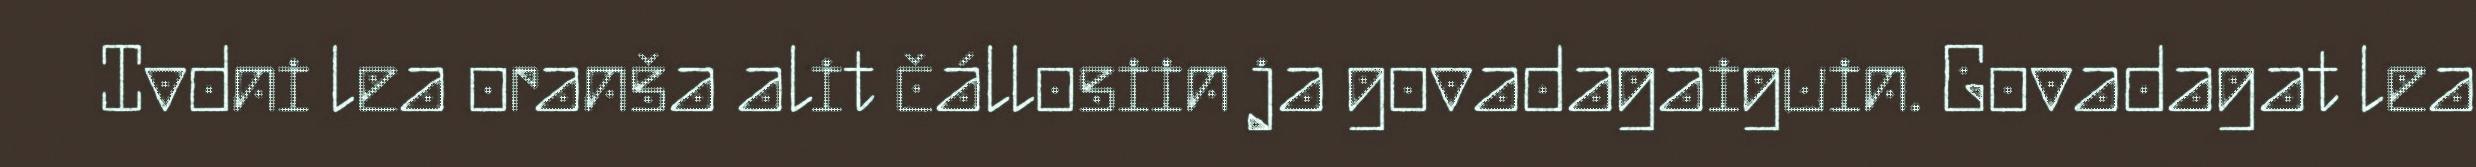
Ivdni lea oranša alit čállosiin ja govadagaiguin. Govadagat lea